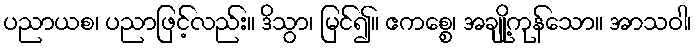
ပညာယစ၊ ပညာဖြင့်လည်း။ ဒိသွာ၊ မြင်၍။ ဧကစ္စေ၊ အချို့ကုန်သော။ အာသဝါ၊